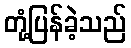
တုံ့ပြန်ခဲ့သည်